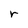
Character: r